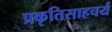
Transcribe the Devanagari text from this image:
प्रकृतिसाहचर्य